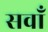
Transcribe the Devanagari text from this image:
सवाँ